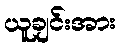
ယူချင်းအား